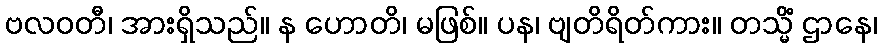
ဗလဝတီ၊ အားရှိသည်။ န ဟောတိ၊ မဖြစ်။ ပန၊ ဗျတိရိတ်ကား။ တသ္မိံ ဌာနေ၊